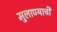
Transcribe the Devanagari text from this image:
मुलाण्याची